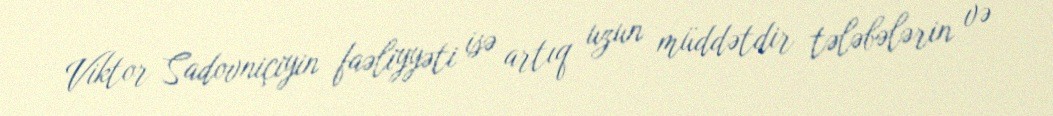
Viktor Sadovniçiyin faəliyyəti isə artıq uzun müddətdir tələbələrin və